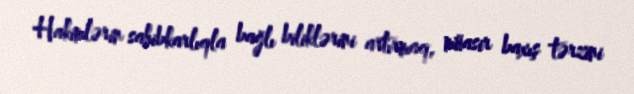
Hakimlərin sahibkarlıqla bağlı biliklərini artırmaq, müasir baxış tərzini